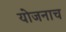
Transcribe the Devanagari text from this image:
योजनाच